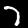
Label: 7